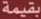
بقيمة